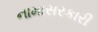
નામાસરકારી